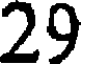
29